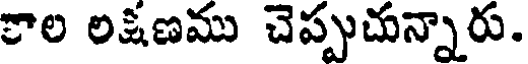
కాల లక్షణము చెప్పుచున్నారు.